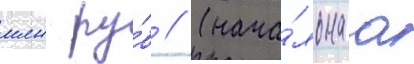
млн ру́б // (нача́льнаа